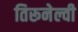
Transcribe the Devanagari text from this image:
तिरूनेल्वी